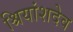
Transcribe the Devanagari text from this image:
श्रियांशदेव